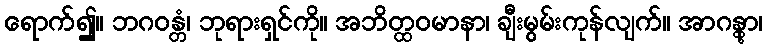
ရောက်၍။ ဘဂဝန္တံ၊ ဘုရားရှင်ကို။ အဘိတ္ထဝမာနာ၊ ချီးမွမ်းကုန်လျက်။ အာဂန္တွာ၊